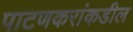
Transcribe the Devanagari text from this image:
पाटणकरांकडील